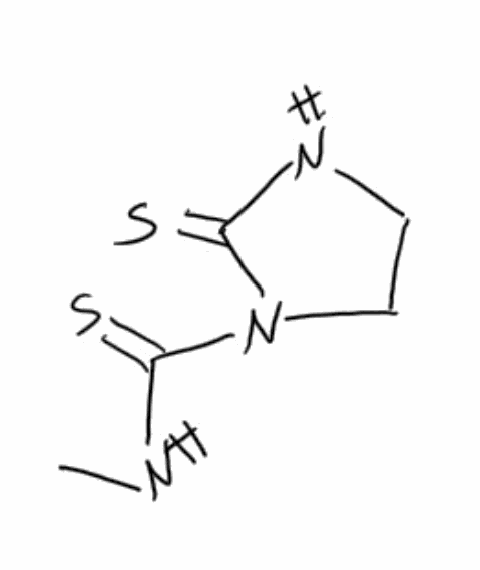
Simplified molecular-input line-entry system (SMILES) notation of the given molecule:
CNC(=S)N1CCNC1=S